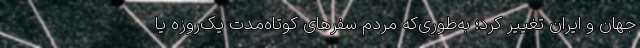
جهان و ایران تغییر کرد؛ به‌طوری‌که مردم سفرهای کوتاه‌مدت یک‌روزه یا